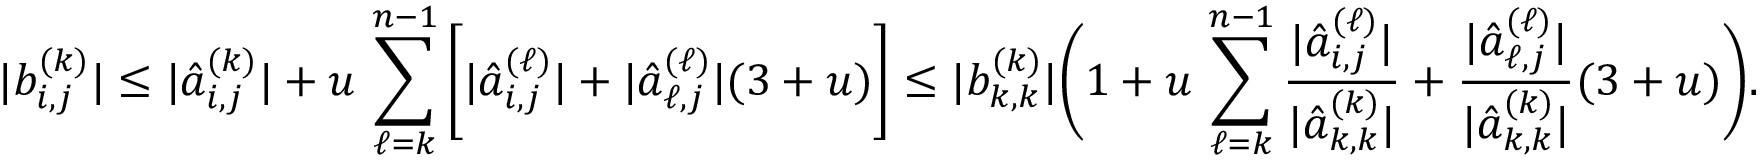
| b _ { i , j } ^ { ( k ) } | \le | \hat { a } _ { i , j } ^ { ( k ) } | + u \, \sum _ { \ell = k } ^ { n - 1 } \bigg [ | \hat { a } _ { i , j } ^ { ( \ell ) } | + | \hat { a } _ { \ell , j } ^ { ( \ell ) } | ( 3 + u ) \bigg ] \le | b _ { k , k } ^ { ( k ) } | \bigg ( 1 + u \, \sum _ { \ell = k } ^ { n - 1 } \frac { | \hat { a } _ { i , j } ^ { ( \ell ) } | } { | \hat { a } _ { k , k } ^ { ( k ) } | } + \frac { | \hat { a } _ { \ell , j } ^ { ( \ell ) } | } { | \hat { a } _ { k , k } ^ { ( k ) } | } ( 3 + u ) \bigg ) .